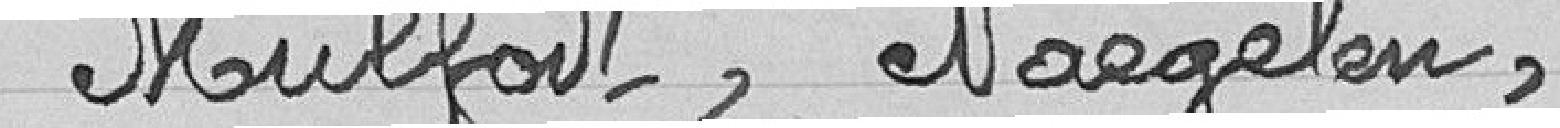
Mulfort, Naegelen,